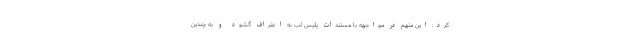
کرد: این متهم در مواجهه با مستندات پلیس لب به اعتراف گشود و به چندین